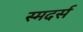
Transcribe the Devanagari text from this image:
स्मदर्स